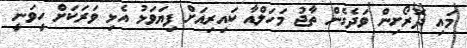
މައި ދޮރޯށިން ވަދެގެން ތާޖު މަހަލްއާ ކައިރިއަށް ފިޔަވަޅު އެޅި ވަރަކަށް ހީވަނީ